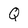
Character: Q